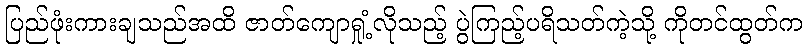
ပြည်ဖုံးကားချသည်အထိ ဇာတ်ကျောရှုံ့လိုသည့် ပွဲကြည့်ပရိသတ်ကဲ့သို့ ကိုတင်ထွတ်က